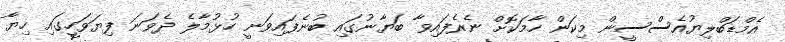
އެމްޑަބްލިޔުއެސްސީން މިކަން ހާމަކޮށް ނެރެފައިވާ ބަޔާނުގައި ބުނެފައިވަނީ ހުޅުމާލެ ދެވަނަ ފިޔަވަހީގައި ހިޔާ